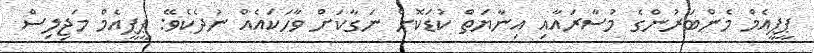
ޕީޕީއެމް މެންބަރުންގެ މުސާރައާއި އިނާޔަތް ކުޑަކޮށް ނަގާކަށް ވާހަކައެއް ނުދެކެވޭ: ޕީޕީއެމް މަޖިލިސް